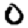
Digit: 0